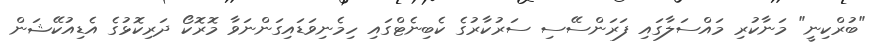
"ބުރްކިނީ" މަނާކުރި މައްސަލާގައި ފަރަންސޭސި ސަރުކާރުގެ ކެބިނެޓްގައި ހިމެނިވަޑައިގަންނަވާ މޮރޮކޯ ދަރިކޮޅުގެ އެޑިއުކޭޝަން